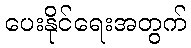
ပေးနိုင်ရေးအတွက်